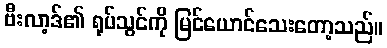
ဗီးလာ့ဒ်၏ ရုပ်သွင်ကို မြင်ယောင်သေးတော့သည်။